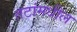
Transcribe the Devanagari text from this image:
तटांमधील